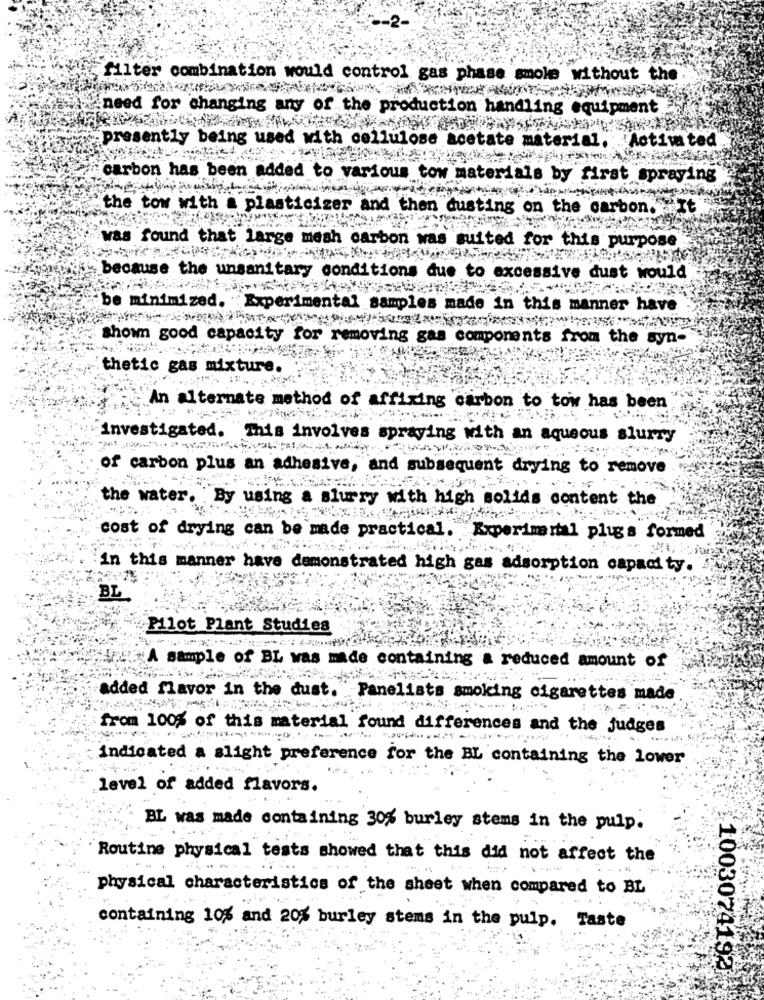
filter combination would control gas phase smole without the
need for changing any of the production handling equipment.
.presently being used with cellulose acetate material, 'Activa ted
carbon has been added to various tow materials by first spraying
the tow with a plasticizer and then dusting on the carbon. It
was found that large mesh carbon
suited for this purpose
because the unsanitary conditions due to
cessive dust would
be minimized. Experimental samp1
s made in this manner have
shown good capacity for removing gas components from the syn-
thetic gas mixture
An alternate method of affixing carbon to tow has been
investigated.
This involves spraying with an aqueous slurry
of carbon plus an adhesive, and subsequent drying to remove
the water. By using a slurry with high solids content the
cost of drying can be made practical.
Experimental plugs formed
in this manner have demonstrated high gas adsorption capacity.
BL
Pilot Plant Studies
A sample of BL was made containing a reduced amount of
added flavor in the dust. Panelists smoking cigarettes made
from 100% of this material found differences and the judges
indicated a slight preference for the BL containing the lower
level of added flavors.
BL was made containing 30% burley stems in the pulp.
Routine physical tests showed that this did not affect the
physical characteristics of the sheet when compared to BL
containing 10% and 20% burley stems in the pulp. Taste
1003074192